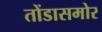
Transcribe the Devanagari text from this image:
तोंडासमोर